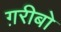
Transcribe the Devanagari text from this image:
ग़रीबो